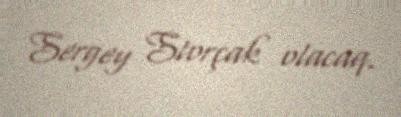
Sergey Storçak olacaq.